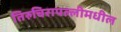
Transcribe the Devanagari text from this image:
तिरुचिरापल्लीमधील